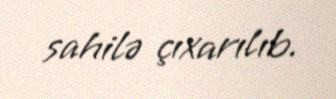
sahilə çıxarılıb.